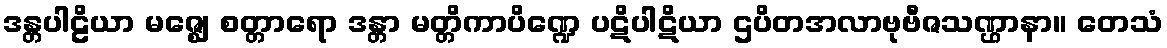
ဒန္တပါဠိယာ မဇ္ဈေ စတ္တာရော ဒန္တာ မတ္တိကာပိဏ္ဍေ ပဋိပါဋိယာ ဌပိတအလာဗုဗီဇသဏ္ဌာနာ။ တေသံ